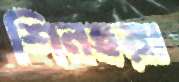
শিনহুয়া